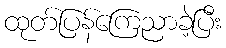
ထုတ်ပြန်ကြေညာခဲ့ပြီး